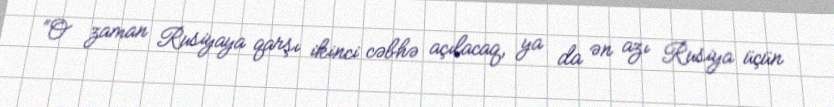
“O zaman Rusiyaya qarşı ikinci cəbhə açılacaq, ya da ən azı Rusiya üçün